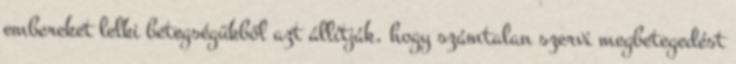
embereket lelki betegségükből azt állítják, hogy számtalan szervi megbetegedést